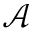
\mathcal { A }